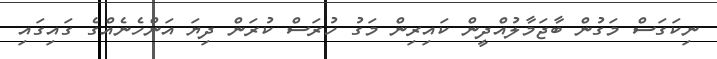
ނިކަގަސް މަގުން ބާޖަމާލުއްދީން ކައިރިން މަގު ހުރަސް ކުރަން ދިޔަ އަންހެނެއްގެ ގައިގައި